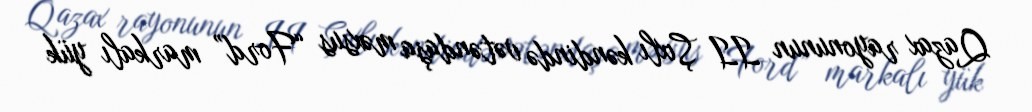
Qazax rayonunun II Şıxlı kəndində vətəndaşa məxsus “Ford” markalı yük